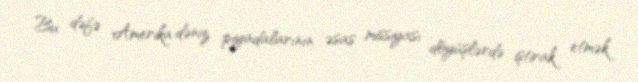
Bu dəfə Amerika dəniz piyadalarının əsas missiyası döyüşlərdə iştirak etmək